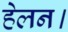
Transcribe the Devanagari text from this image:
हेलन।